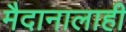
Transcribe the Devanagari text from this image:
मैदानालाही